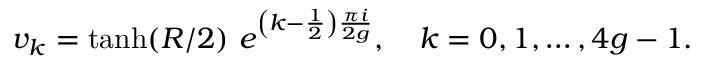
v _ { k } = \operatorname { t a n h } ( R / 2 ) ~ e ^ { \left( k - \frac { 1 } { 2 } \right) \frac { \pi i } { 2 g } } , \quad k = 0 , 1 , \dots , 4 g - 1 .